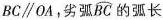
BC\parallel OA，劣弧\widehat{BC}的弧长